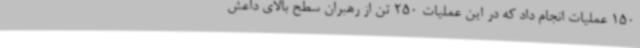
150 عملیات انجام داد که در این عملیات 250 تن از رهبران سطح بالای داعش